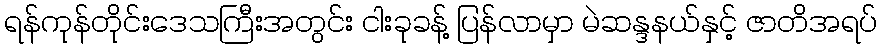
ရန်ကုန်တိုင်းဒေသကြီးအတွင်း ငါးခုခန့် ပြန်လာမှာ မဲဆန္ဒနယ်နှင့် ဇာတိအရပ်